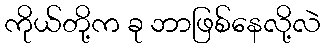
ကိုယ်တို့က ခု ဘာဖြစ်နေလို့လဲ